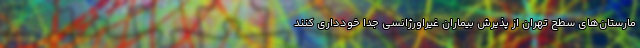
مارستان‌های سطح تهران از پذیرش بیماران غیراورژانسی جدا خودداری کنند